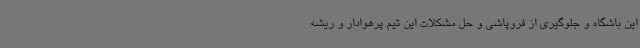
این باشگاه و جلوگیری از فروپاشی و حل مشکلات این تیم پرهوادار و ریشه